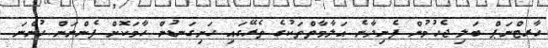
ހާރޓްނަޕް ބަލި ޖެހުމުން ފެނިދާނެ އަލާމާތްތަކުގެ ތެރޭގައި ހަށިގަނޑުން ހާމަކޮށް ފެންނަން ހުންނަ